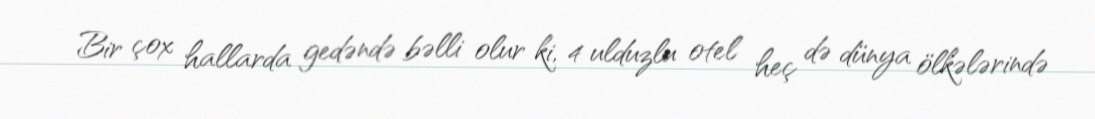
Bir çox hallarda gedəndə bəlli olur ki, 4 ulduzlu otel heç də dünya ölkələrində